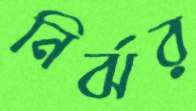
নির্ঝর